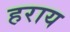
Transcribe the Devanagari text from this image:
हराय